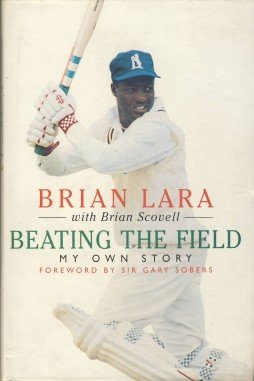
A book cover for Beating the Field: My Own Story; Brian Lara; Sports & Outdoors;